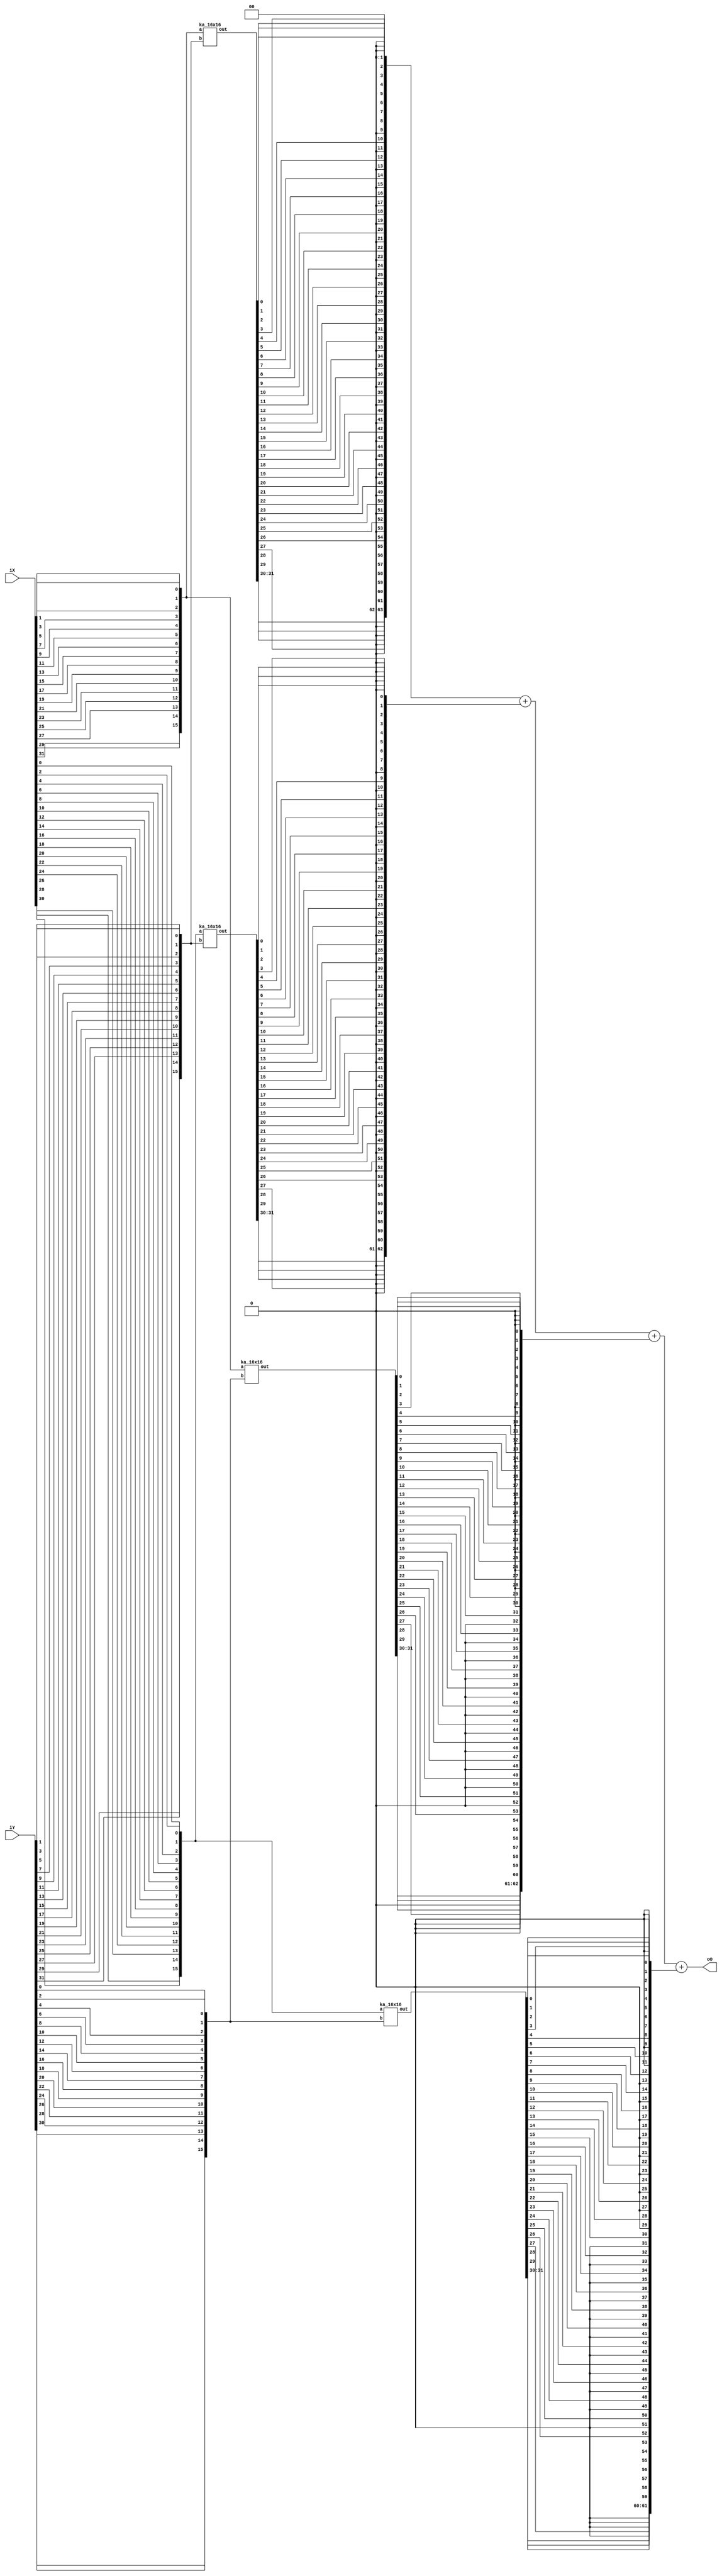
module oka #(
parameter wI = 32,
parameter wO = 2 * wI
)
(
input   [wI-1:0]    iX,
input   [wI-1:0]    iY,
output  [wO-1:0]    oO
);

localparam wI_pt = wI / 2;

reg   [wI_pt-1:0] X_even, X_odd;
reg   [wI_pt-1:0] Y_even, Y_odd;
wire  [wI-1:0] X_o, X_e, Y_o, Y_e;
reg   [wI-1:0] Xreg_e, Xreg_o, Yreg_e, Yreg_o;

integer i;
integer j;
always @* begin
	for(i = 0; i < wI_pt; i = i+1) begin
		X_even[i] <= iX[2*i];
		X_odd[i] <= iX[2*i + 1];
		Y_even[i] <= iY[2*i];
		Y_odd[i] <= iY[2*i + 1];	
	end
end

wire [31 : 0] ac,bc,ad,bd;

ka_16x16 i1(.a(X_odd),.b(Y_odd),.out(ac));
ka_16x16 i2(.a(X_even),.b(Y_odd),.out(bc));
ka_16x16 i3(.a(X_odd),.b(Y_even),.out(ad));
ka_16x16 i4(.a(X_even),.b(Y_even),.out(bd));

reg [63:0] t1, t2,t3,t4;

integer k;
always @* begin
	t1[63] <= ac[31];
	t1[0] <= 1'b0;
	t2[63:62] <= {1'b0,bc[31]};
	t3[63:62] <= {1'b0,ad[31]};
	t4[63:61] <={2'b00,bd[31]};
	for(k = 0; k < 31; k = k + 1) begin
		t1[2*k+2] <= ac[k];
		t1[2*k+1] <= 1'b0;
		t2[2*k] <= 1'b0;
		t2[2*k+1] <= bc[k];
		t3[2*k] <= 1'b0;
		t3[2*k+1] <= ad[k];
		t4[2*k] <= bd[k];
		if(k <30)	t4[2*k+1] <= 1'b0;
	end
end

assign oO = t1 + t2 + t3 + t4;

endmodule

module ka_16x16(
    input [15:0] a,
    input [15:0] b,
    output [31:0] out
    );
    
    wire [15:0] ac,bc,ad,bd;
    wire [31:0] t1,t2;
    wire [24:0] psum;
    
  ka_8x8 i1(.a(a[15:8]),.b(b[15:8]),.out(ac));
  ka_8x8 i2(.a(a[7:0]),.b(b[15:8]),.out(bc));
  ka_8x8 i3(.a(a[15:8]),.b(b[7:0]),.out(ad));
  ka_8x8 i4(.a(a[7:0]),.b(b[7:0]),.out(bd));
  assign t2= bd;
  assign psum = (bc+ad) << 8;
  assign t1={ac,16'b0000000000000000};
  assign out= t1+t2+psum;
endmodule

module ka_8x8(
    input [7:0] a,
    input [7:0] b,
    output [15:0] out
    );
    
    wire [7:0] ac,bc,ad,bd;
    wire [15:0] t1,t2;
    wire [12:0] psum;
    
  ka_4x4 m1(.a(a[7:4]),.b(b[7:4]),.out(ac));
  ka_4x4 m2(.a(a[3:0]),.b(b[7:4]),.out(bc));
  ka_4x4 m3(.a(a[7:4]),.b(b[3:0]),.out(ad));
  ka_4x4 m4(.a(a[3:0]),.b(b[3:0]),.out(bd));
  assign t2= bd;
  assign psum = (bc+ad) << 4;
  assign t1={ac,8'b0000};
  assign out= t1+t2+psum;
endmodule

module ka_4x4(
    input [3:0] a,
    input [3:0] b,
    output [7:0] out
    );
    wire [3:0] ac,bc,ad,bd;
    wire [7:0] t1,t2;
    wire [6:0] psum;
    
  ka_2x2 m1(.a(a[3:2]),.b(b[3:2]),.out(ac));
  ka_2x2 m2(.a(a[1:0]),.b(b[3:2]),.out(bc));
  ka_2x2 m3(.a(a[3:2]),.b(b[1:0]),.out(ad));
  ka_2x2 m4(.a(a[1:0]),.b(b[1:0]),.out(bd));
  assign t2= bd;
  assign psum = (bc+ad) << 2;
  assign t1={ac,4'b0000};
  assign out= t1+t2+psum;
  
endmodule

module ka_2x2(
    input [1:0] a,
    input [1:0] b,
    output [3:0] out
    );
    wire temp;
    assign out[0]= a[0]&b[0];
    assign out[1]= (a[1]&b[0])^(a[0]&b[1]);
    assign temp =  (a[1]&b[0])&(a[0]&b[1]);
    assign out[2]= temp ^(a[1]&b[1]);
    assign out[3]= temp &(a[1]&b[1]);
endmodule